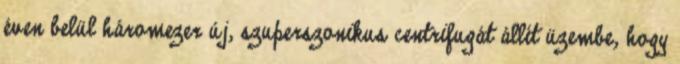
éven belül háromezer új, szuperszonikus centrifugát állít üzembe, hogy